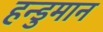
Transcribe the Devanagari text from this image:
हन्डुमान